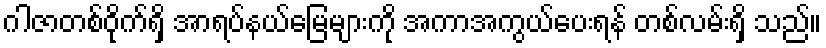
ဂါဇာတစ်ဝိုက်ရှိ အာရပ်နယ်မြေများကို အကာအကွယ်ပေးရန် တစ်လမ်းရှိ သည်။